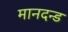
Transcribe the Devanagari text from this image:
मानदन्ड